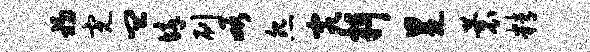
初完皿悴刷峪怨究抒冕蓑精